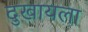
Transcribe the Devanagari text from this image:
दुखायला